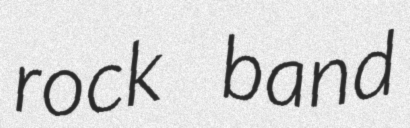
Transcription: rock band